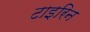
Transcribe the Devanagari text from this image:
टाइरिन